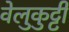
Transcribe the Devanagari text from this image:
वेलुकुट्टी